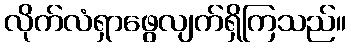
လိုက်လံရှာဖွေလျက်ရှိကြသည်။